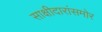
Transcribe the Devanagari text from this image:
साक्षीदारांसमोर